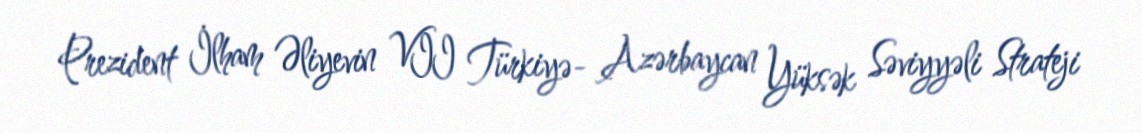
Prezident İlham Əliyevin VII Türkiyə- Azərbaycan Yüksək Səviyyəli Strateji